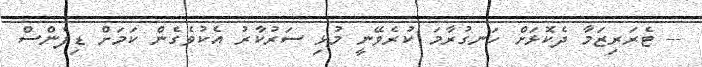
-- ޓެރަރިޒަމާ ދެކޮޅަށް ހަނގުރާމަ ކުރެވޭނީ މުޅި ސަރުކާރު އެކުވެގެން ކަމަށް ޑިފެންސް